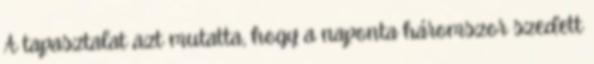
A tapasztalat azt mutatta, hogy a naponta háromszor szedett